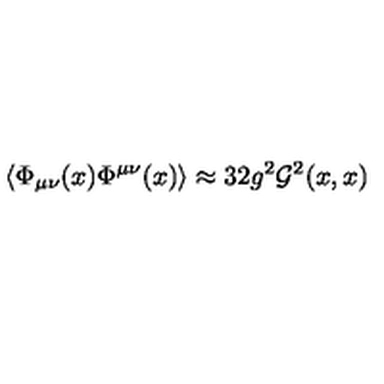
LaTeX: \left\langle \Phi _ { \mu \nu } ( x ) \Phi ^ { \mu \nu } ( x ) \right\rangle \approx 3 2 g ^ { 2 } { \cal G } ^ { 2 } ( x , x )